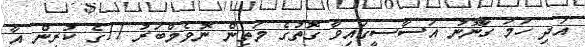
އަދި ހަމަ ގާނޫނު އަސާސީގައިވާ ގޮތުގެ މަތިން ނޮވެމްބަރު 11ގެ ކުރިން އާ